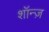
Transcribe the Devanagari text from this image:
शॉन्ज़